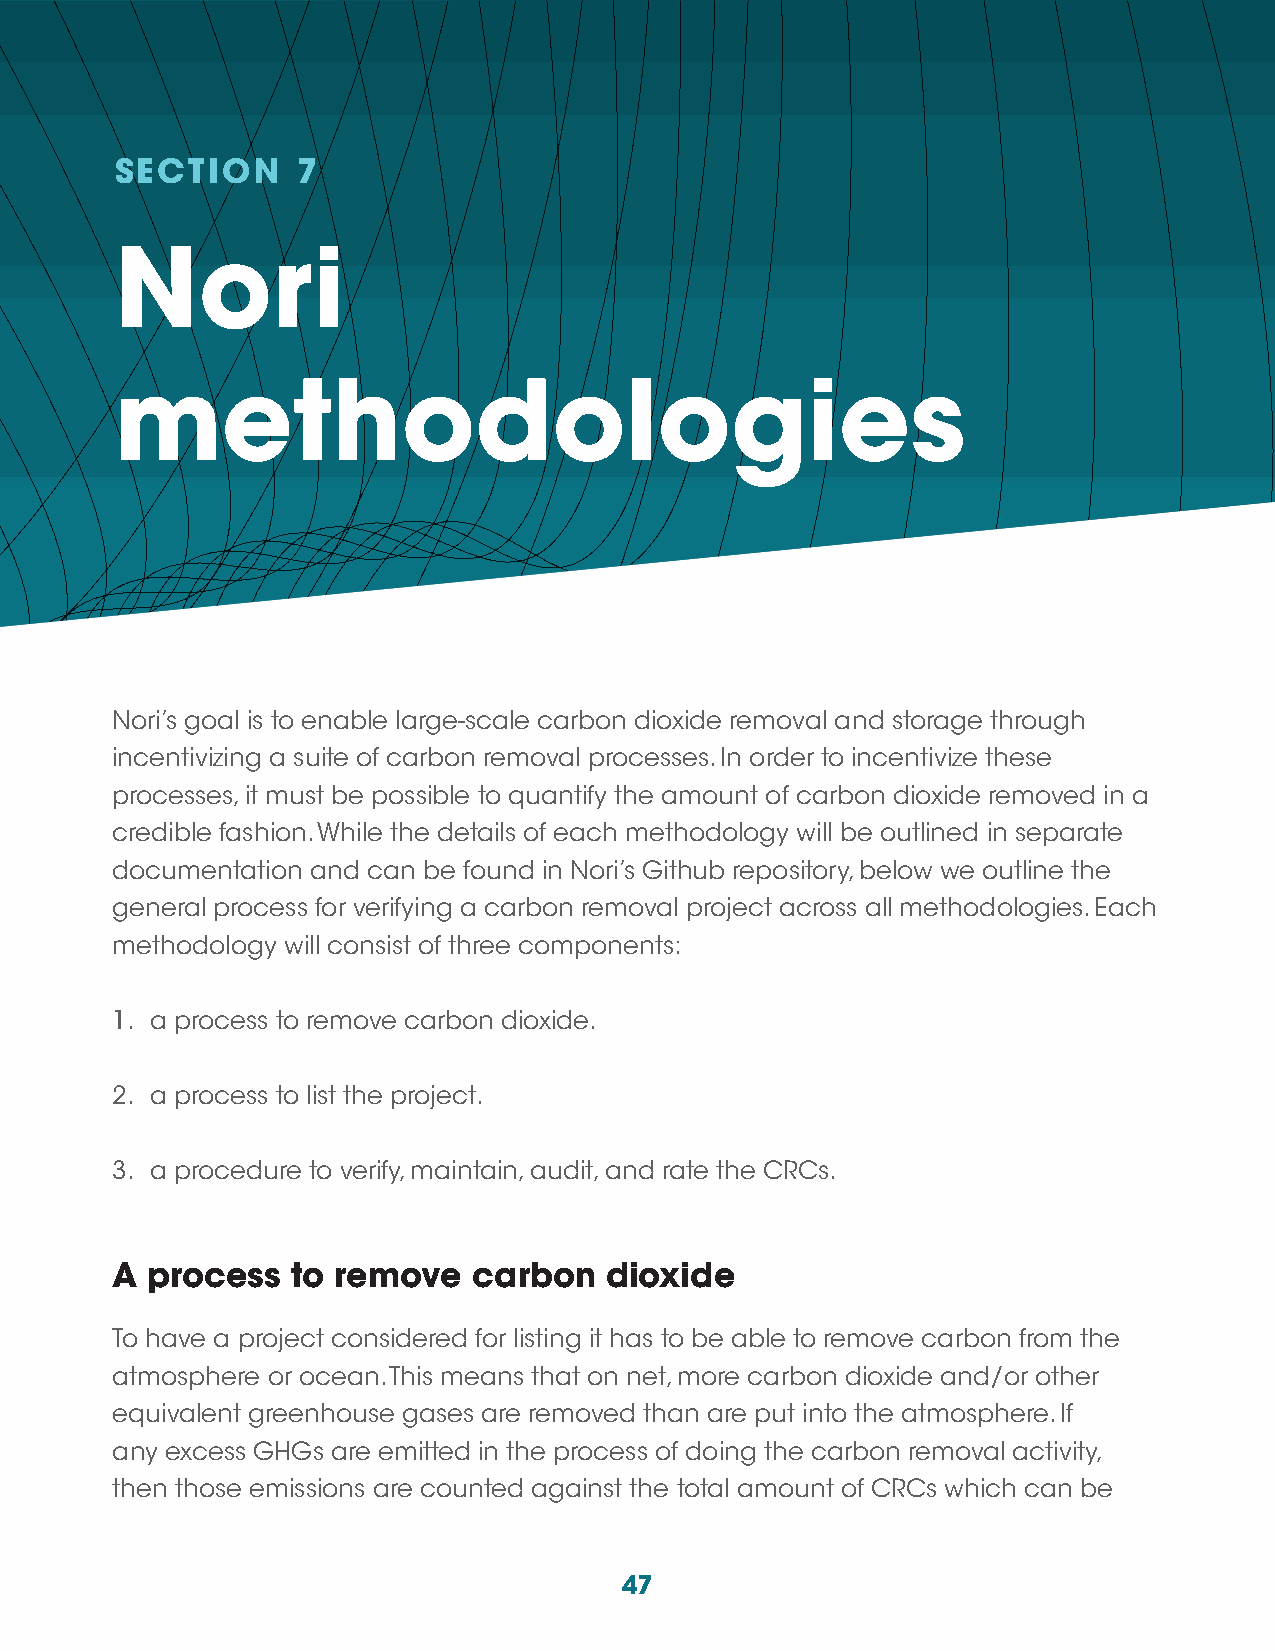
SECTION     7
 Nori
 methodologies
 Nori’s goal is to enable large-scale carbon dioxide removal and storage through
 incentivizing a suite of carbon removal processes. In order to incentivize these
 processes, it must be possible to quantify the amount of carbon dioxide removed in a
 credible fashion. While the details of each methodology will be outlined in separate
 documentation and can be found in Nori’s Github repository, below we outline the
 general process for verifying a carbon removal project across all methodologies. Each
 methodology will consist of three components:
 1. a process to remove carbon dioxide.
 2. a process to list the project.
 3. a procedure to verify, maintain, audit, and rate the CRCs.
 A  process  to remove   carbon   dioxide
 To have a project considered for listing it has to be able to remove carbon from the
 atmosphere or ocean. This means that on net, more carbon dioxide and/or other
 equivalent greenhouse gases are removed than are put into the atmosphere. If
 any excess GHGs are emitted in the process of doing the carbon removal activity,
 then those emissions are counted against the total amount of CRCs which can be
 47